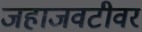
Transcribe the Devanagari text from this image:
जहाजवटीवर